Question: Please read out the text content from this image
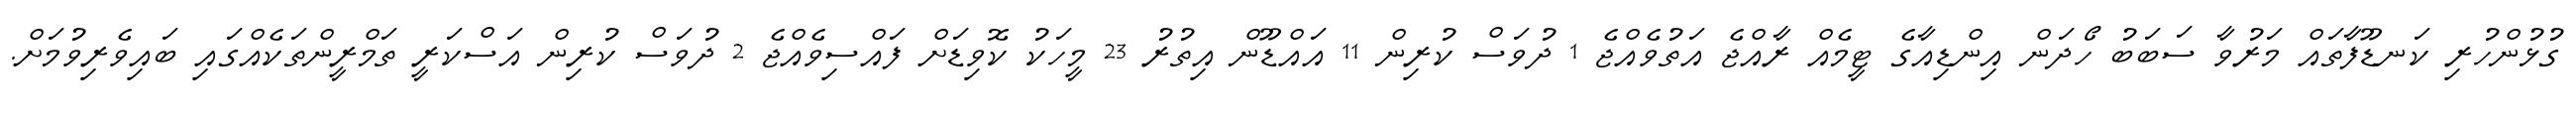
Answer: ގުޅުންހުރި ކަނޑޫފާތައް މަރުވާ ސަބަބު ހޯދަން އިންޑިއާގެ ޓީމެއް ރާއްޖެ އަތުވެއްޖެ 1 ދުވަސް ކުރިން 11 އައްޑޫން އިތުރު 23 މީހަކު ކޮވިޑަށް ފައްސިވެއްޖެ 2 ދުވަސް ކުރިން އަސްކަރީ ތަމްރީންތަކެއްގައި ބައިވެރިވުމަށް.